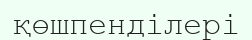
қөшпенділері